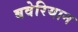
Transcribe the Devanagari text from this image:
बवेरियान